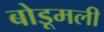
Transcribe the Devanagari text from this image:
बोडूमली